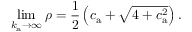
\operatorname* { l i m } _ { k _ { \mathrm { a } } \to \infty } { \rho } = \frac { 1 } { 2 } \left( c _ { \mathrm { a } } + \sqrt { 4 + c _ { \mathrm { a } } ^ { 2 } } \right) .